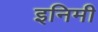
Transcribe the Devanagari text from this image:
इनिमी